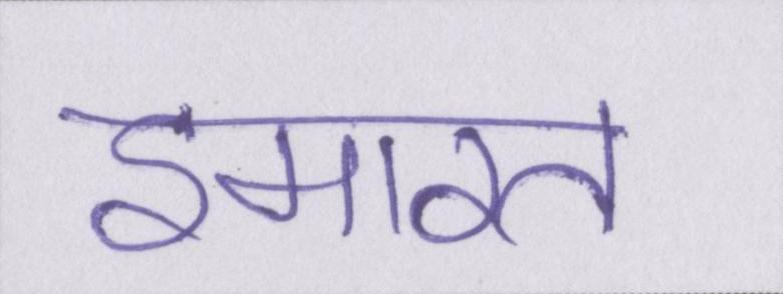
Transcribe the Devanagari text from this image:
इमारत